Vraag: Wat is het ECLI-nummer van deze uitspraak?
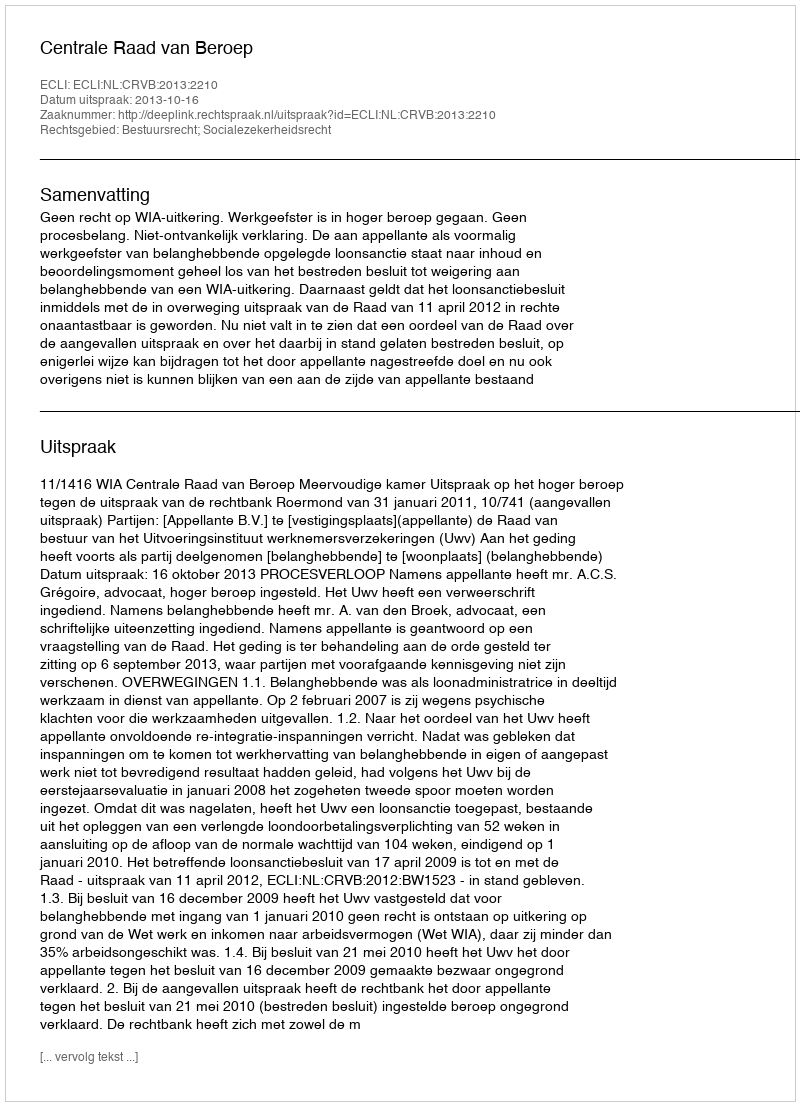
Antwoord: ECLI:NL:CRVB:2013:2210